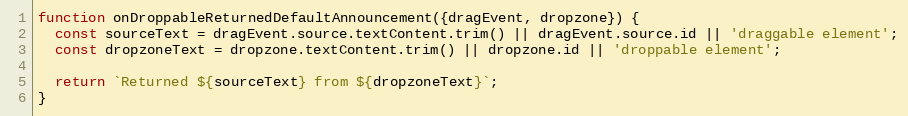
Language: JavaScript
function onDroppableReturnedDefaultAnnouncement({dragEvent, dropzone}) {
  const sourceText = dragEvent.source.textContent.trim() || dragEvent.source.id || 'draggable element';
  const dropzoneText = dropzone.textContent.trim() || dropzone.id || 'droppable element';

  return `Returned ${sourceText} from ${dropzoneText}`;
}